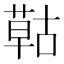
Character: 𦹵